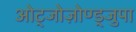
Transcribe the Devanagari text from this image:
ओट्जोज़ोण्ड्जुपा